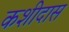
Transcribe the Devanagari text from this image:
कशीदास